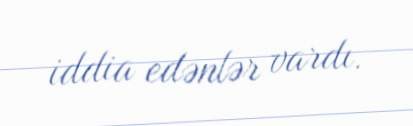
iddia edənlər vardı.